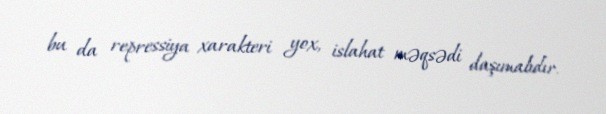
bu da repressiya xarakteri yox, islahat məqsədi daşımalıdır.